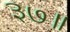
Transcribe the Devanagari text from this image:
३७॥